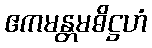
ဧကမန္တမဓိဋ္ဌဟံ